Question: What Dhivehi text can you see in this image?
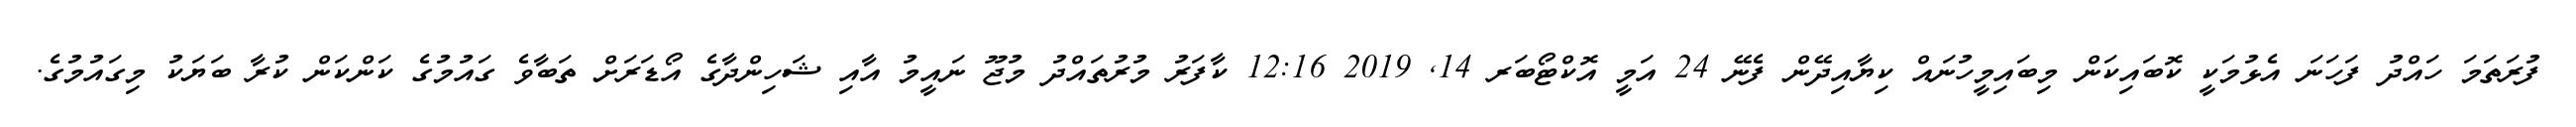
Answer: ފުރަތަމަ ހައްދު ފަހަނަ އެޅުމަކީ ކޮބައިކަން މިބައިމީހުނައް ކިޔާއިދޭން ފެނޭ 24 އަމީ އޮކްޓޯބަރ 14, 2019 12:16 ކާފަރު މުރުތައްދު މުޖޫ ނައީމު އާއި ޝަހިންދާގެ އޯޑަރަށް ތަބާވެ ގައުމުގެ ކަންކަން ކުރާ ބަޔަކު މިގައުމުގެ.